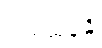
ကုမ္ဘထုနန္တိ